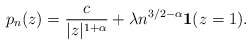
\begin{align*}p_n(z) = \frac{c}{|z|^{1+\alpha}} + \lambda n^{3/2-\alpha} \mathbf{1}(z=1).\end{align*}